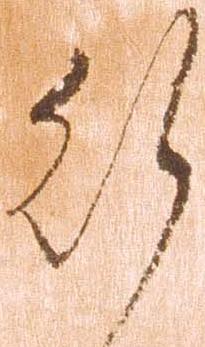
行